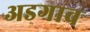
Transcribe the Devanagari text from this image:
अडगाव